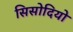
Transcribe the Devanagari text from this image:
सिसोदियो